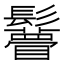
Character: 𩯼